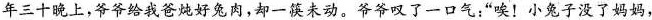
年三十晚上，爷爷给我爸炖好兔肉，却一筷未动，爷爷叹了一口气：”唉！小兔子没了妈妈，